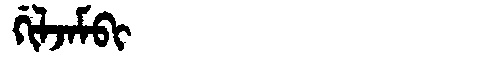
Manchu: ᡤᡳᠯᠵᠠᠮᠪᡳ
Romanization: GILJAMBI